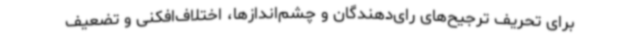
برای تحریف ترجیح‌های رای‌دهندگان و چشم‌اندازها، اختلاف‌افکنی و تضعیف